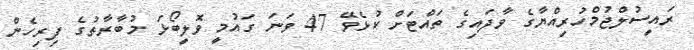
ރައީސުލްޖުމްހުރިއްޔާގެ ވާދައިގެ ތައްޓަށް ކުޅެވޭ 47 ވަނަ ގައުމީ ވޮލީބޯޅަ މުބާރާތުގެ ފިރިހެން